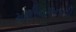
મશીનગનની